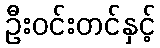
ဦးဝင်းတင်နှင့်